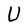
Character: U